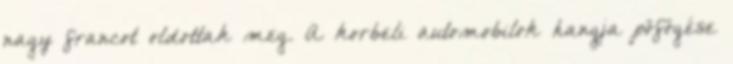
nagy francot oldottak meg. A korbeli automobilok hangja pöfögése